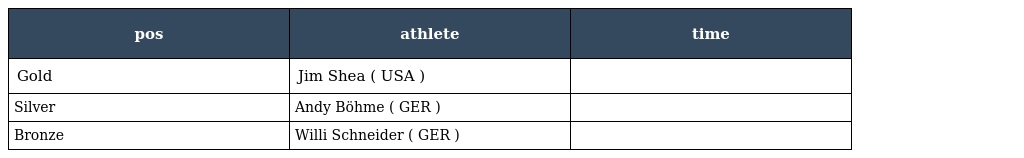
| pos | athlete | time |
 | --- | --- | --- |
 | Gold | Jim Shea ( USA ) |  |
 | Silver | Andy Böhme ( GER ) |  |
 | Bronze | Willi Schneider ( GER ) |  |